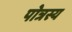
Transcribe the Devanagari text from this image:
पोत्रस्य